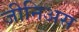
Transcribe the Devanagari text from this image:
जीनिअस